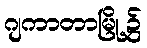
ဂျကာတာမြို့၌